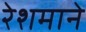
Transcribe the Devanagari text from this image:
रेशमाने